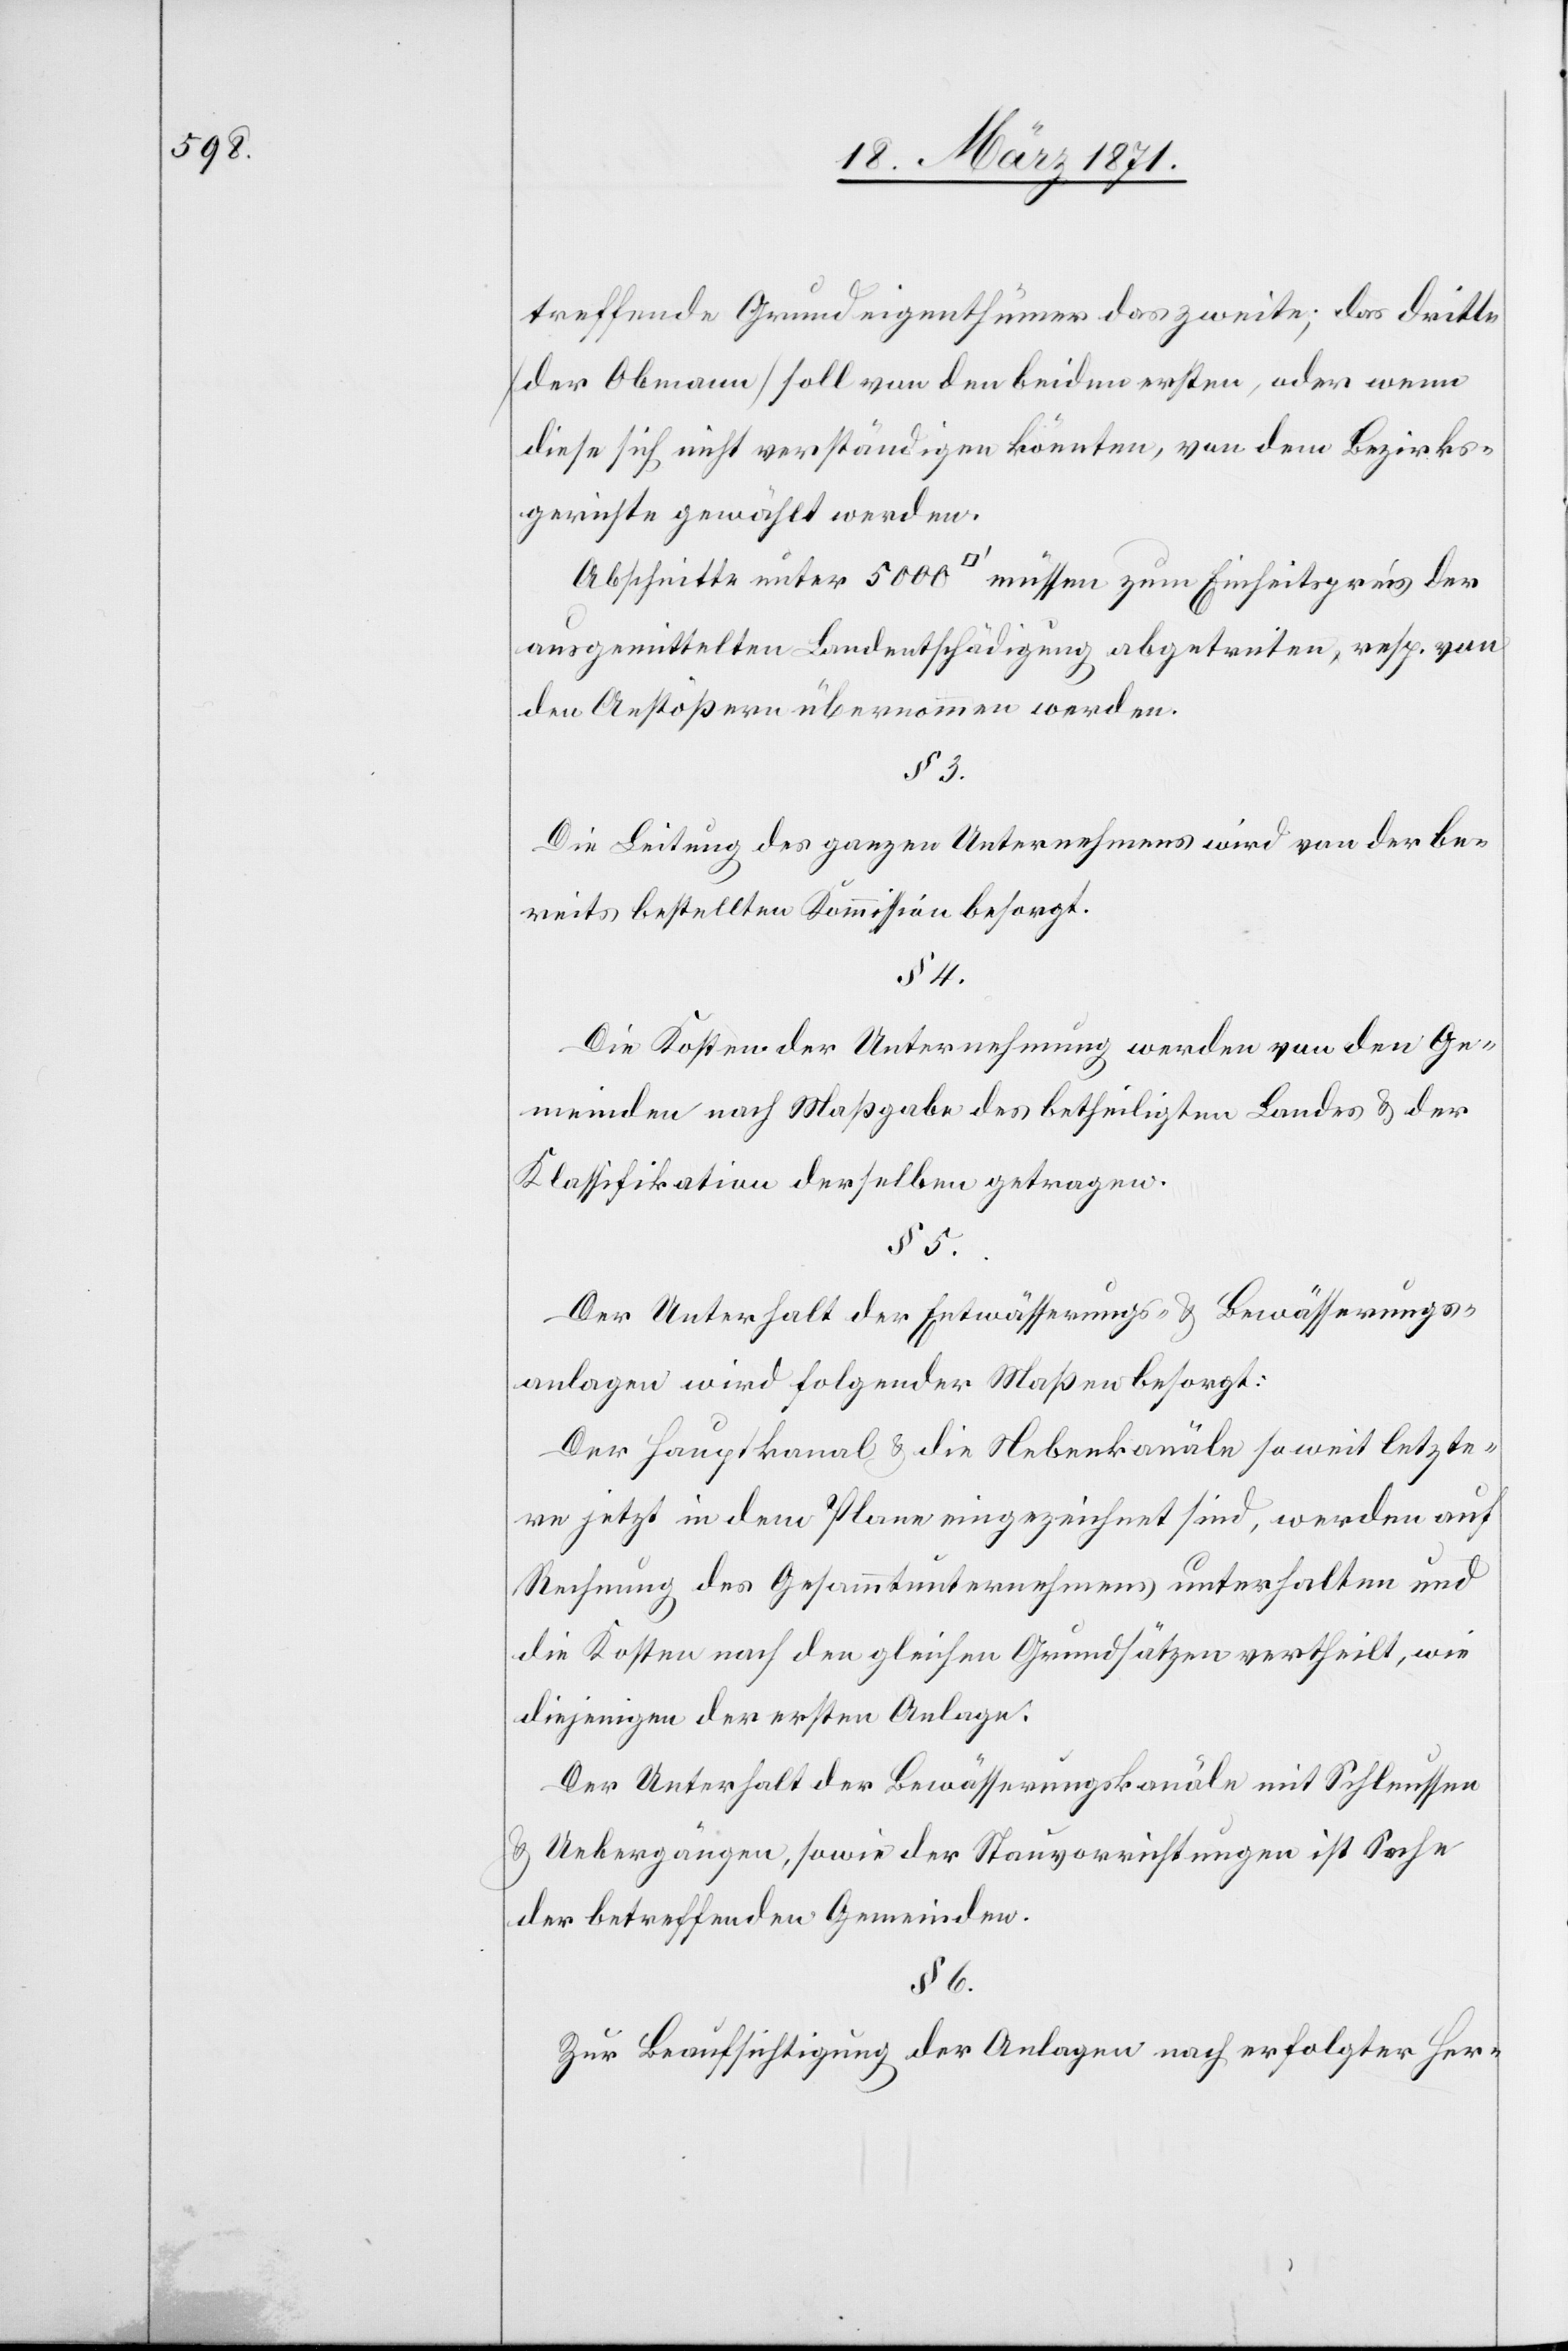
treffende Grundeigenthümer das zweite; das dritte
[der Obmann] soll von den beiden ersten, oder wenn
diese sich nicht verständigen konnten, von dem Bezirks¬
gerichte gewählt werden.
Abschnitte unter 5000 [Quadratfuss] müssen zum Einheitspreis der
ausgemittelten Landentschädigung abgetreten, resp. von
den Anstößern übernommen werden.
§ 3.
Die Leitung des ganzen Unternehmens wird von der be¬
reits bestellten Kommission besorgt.
§ 4
Die Kosten der Unternehmung werden von den Ge¬
meinden nach Maßgabe des betheiligten Landes u. der
Klassifikation derselben getragen.
Der Unterhalt der Entwässerungs- u. Bewässerungs¬
anlagen wird folgender Maßen besorgt:
Der Hauptkanal u. die Nebenkanäle soweit letzte¬
re jetzt in dem Plane eingezeichnet sind, werden auf
Rechnung des Gesammtunternehmens unterhalten und
die Kosten nach den gleichen Grundsätzen vertheilt, wie
diejenigen der ersten Anlage.
Der Unterhalt der Bewässerungskanäle mit Schleussen
u. Uebergängen, sowie der Stauvorrichtungen ist Sache
der betreffenden Gemeinden.
§ 6
Zur Beaufsichtigung der Anlagen nach erfolgter Her-